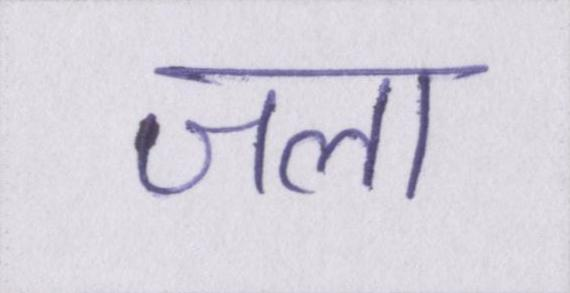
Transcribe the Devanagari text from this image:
जला